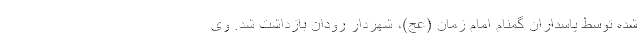
شده توسط پاسداران گمنام امام زمان (عج)، شهردار رودان بازداشت شد. وی